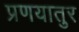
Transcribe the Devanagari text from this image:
प्रणयातुर